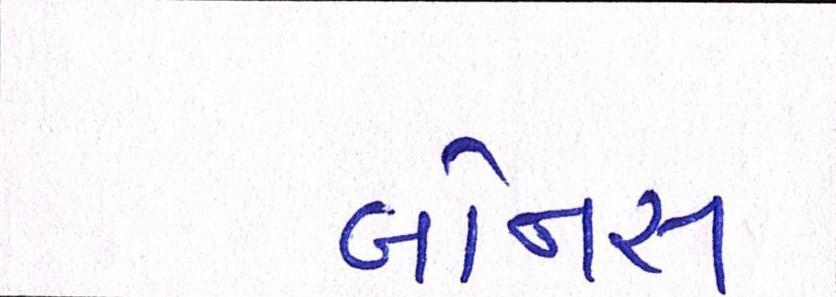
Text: બોનસ